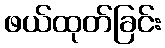
ဖယ်ထုတ်ခြင်း